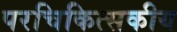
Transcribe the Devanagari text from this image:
परचिकित्सकीय